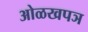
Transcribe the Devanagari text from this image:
ओळखपञ